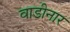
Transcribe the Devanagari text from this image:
वाडीनार